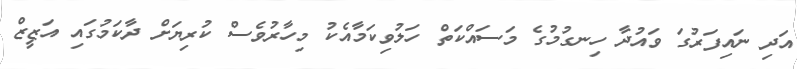
އަދި ނައިފަރުގަ ވައުދާ ހިނގުމުގެ މަސައްކަތް ހަލުވިކަމާއެކު މިހާރުވެސް ކުރިޔަށް ދާކަމުގައި އަޒީޒް